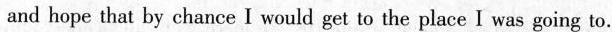
and hope that by chance I would get to the place I was going to.